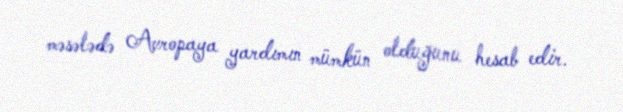
məsələdə Avropaya yardımın mümkün olduğunu hesab edir.